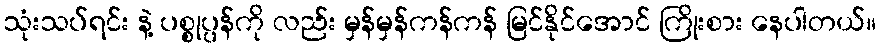
သုံးသပ်ရင်း နဲ့ ပစ္စုပ္ပန်ကို လည်း မှန်မှန်ကန်ကန် မြင်နိုင်အောင် ကြိုးစား နေပါတယ်။